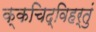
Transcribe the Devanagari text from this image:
क्कचिद्विहर्तुं